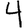
Digit: 4